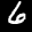
Label: 6